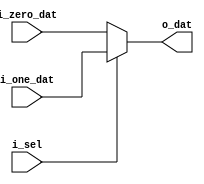
`timescale 1ns / 1ps

/* Five Bit 2 way MUX */


module two_way_mux_5_bit(
    input       [4:0]      i_zero_dat,
    input       [4:0]      i_one_dat,
    input                  i_sel,
    output      [4:0]      o_dat
    );

    assign o_dat = (i_sel == 1'b0) ? i_zero_dat : i_one_dat;
endmodule